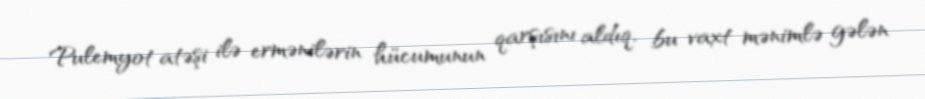
Pulemyot atəşi ilə ermənilərin hücumunun qarşısını aldıq, bu vaxt mənimlə gələn